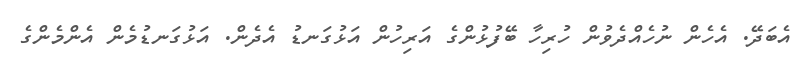
އެބަދޭ. އެެހެން ނުހެއްދެވުން ހުރިހާ ބޭފުޅުންގެ އަރިހުން އަޅުގަނޑު އެދެން. އަޅުގަނޑުމެން އެންމެންގެ